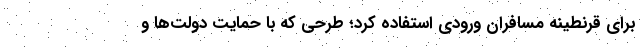
برای قرنطینه مسافران ورودی استفاده کرد؛ طرحی که با حمایت دولت‌ها و